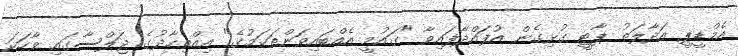
އެމްޑީޕީ އަދާލަތު ޕާޓީ ގުޅިގެން އުފައްދާފައިވާ "ގައުމީ އެއްބައިވަންތަކަމުގެ" އިއްތިހާދުގެ ޖަލްސާގައި ވާހަކަ